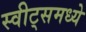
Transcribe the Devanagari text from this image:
स्वीट्‌समध्ये